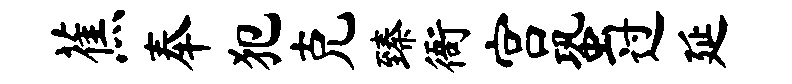
蕉奉犯克臻衙宫蛩过延